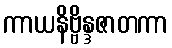
ကာယနိဗ္ဗိန္ဒဇာတကာ